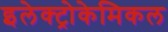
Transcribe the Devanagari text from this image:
इलेक्ट्रोकेमिकल